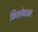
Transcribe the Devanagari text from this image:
किलोग्राम।